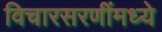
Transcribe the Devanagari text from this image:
विचारसरणींमध्ये